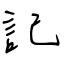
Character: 記